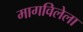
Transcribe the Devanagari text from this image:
मागविलेला